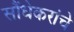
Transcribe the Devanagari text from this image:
सौंधेकरांचे